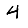
Digit: 4